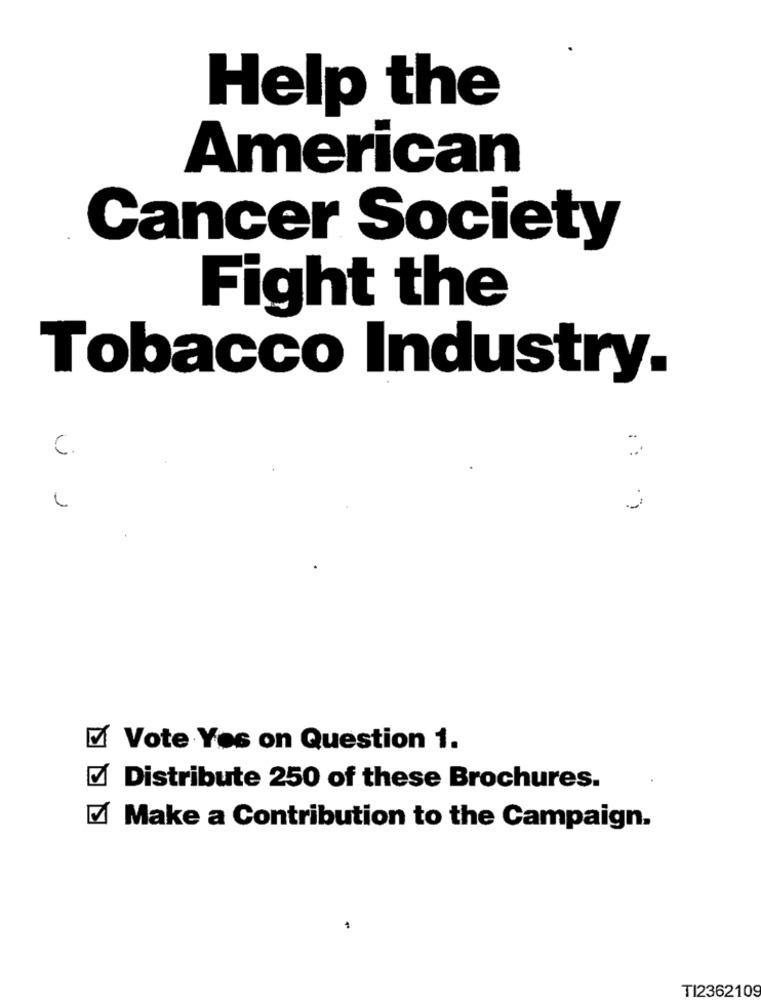
Help the
American
Cancer Society
Fight the
Tobacco Industry.
C.
EX Vote Yes on Question 1.
Distribute 250 of these Brochures.
Make a Contribution to the Campaign.
TI2362109